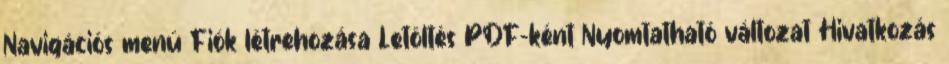
Navigációs menü Fiók létrehozása Letöltés PDF-ként Nyomtatható változat Hivatkozás